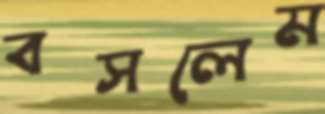
বসলেম